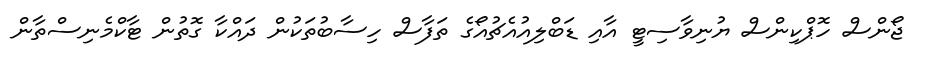
ޖޯންސް ހޮޕްކިންސް ޔުނިވާސިޓީ އާއި ޑަބްލިއުއެޗުއޯގެ ތަފާސް ހިސާބުތަކުން ދައްކާ ގޮތުން ޓާކްމެނިސްތާން